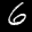
Label: 6